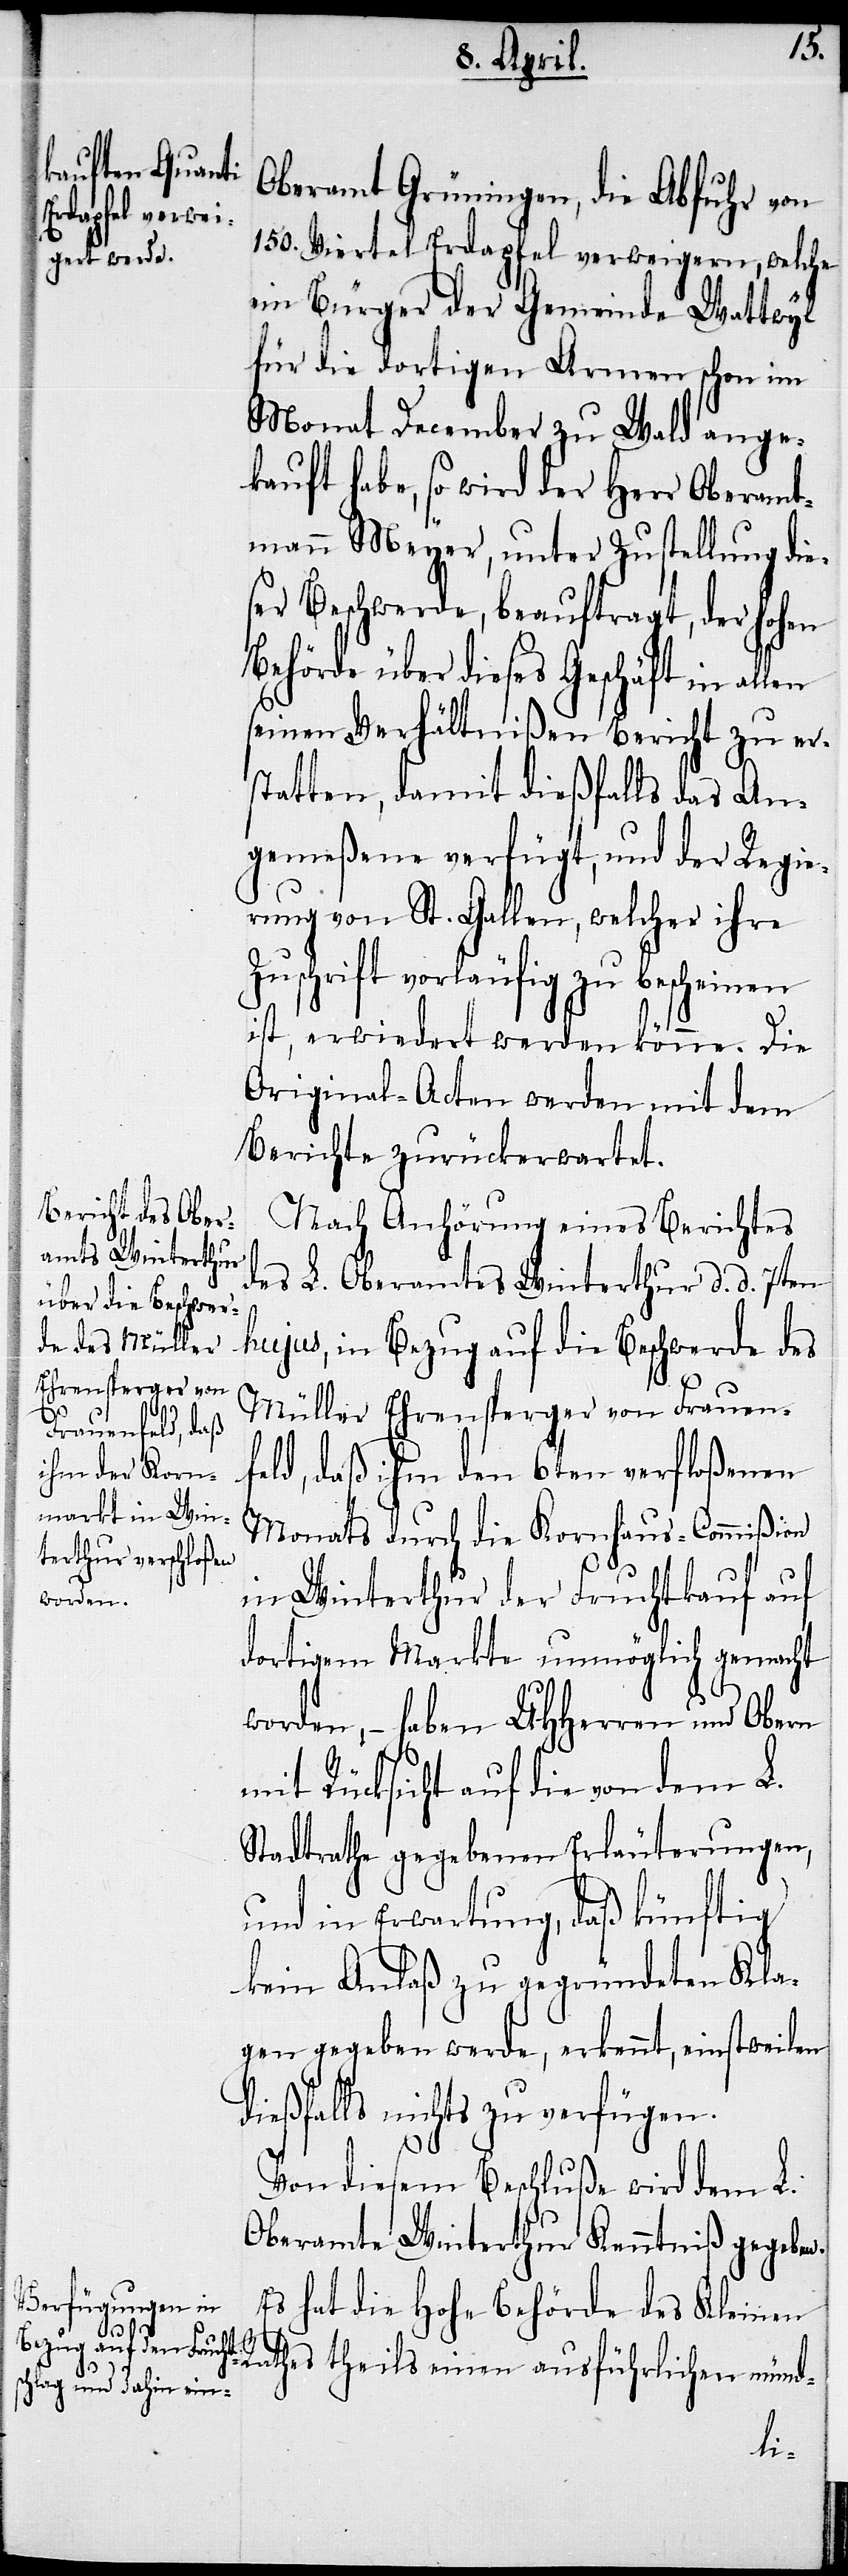
d¬

Oberamt Grüningen, die Abfuhr von
150. Viertel Erdapfel verweigern, welche
ein Bürger der Gemeinde Wattwyl
für die dortigen Armen schon im
Monat December zu Wald ange¬
kauft habe, so wird der Herr Oberamt¬
mann Meyer, unter Zustellung die¬
ser Beschwerde, beauftragt, der hohen
Behörde über dieses Geschäft in allen
seinen Verhältnißen Bericht zu er¬
statten, damit dießfalls das An¬
gemeßene verfügt, und der Regie¬
rung von St. Gallen, welcher ihre
Zuschrift vorläufig zu bescheinen
ist, erwiedert werden könne. Die
Original-Acten werden mit dem
Berichte zurückerwartet.
Nach Anhörung eines Berichtes
des L. Oberamtes Winterthur d. d. 7ten
hujus, in Bezug auf die Beschwerde des
Müller Ehrensperger von Frauenf¬
eld, daß ihm den 6ten verfloßenen
Monats durch die Kornhaus-Commißion
in Winterthur der Fruchtkauf auf
dortigem Markte unmöglich gemacht
worden, – haben UHHerren und Obern
mit Rücksicht auf die von dem L.
Stadtrathe gegebenen Erläuterungen,
und in Erwartung, daß künftig
kein Anlaß zu gegründeten Kla¬
gen gegeben werde, erkennt, einstweilen
ießfalls nichts zu verfügen.
Von diesem Beschluße wird dem L.
Oberamte Winterthur Kenntniß gegeben.
Es hat die Hohe Behörde des Kleinen
Rathes theils einen ausführlichen münd-